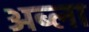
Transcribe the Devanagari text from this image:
अब्ला